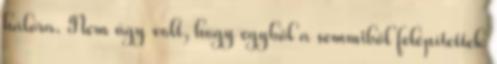
hálóra. Nem úgy volt, hogy egyből a semmiből felépítettek